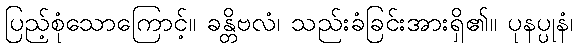
ပြည့်စုံသောကြောင့်။ ခန္တိဗလံ၊ သည်းခံခြင်းအားရှိ၏။ ပုနပ္ပုနံ၊